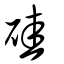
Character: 硅